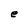
Character: e